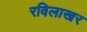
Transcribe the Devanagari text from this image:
रविलाखर